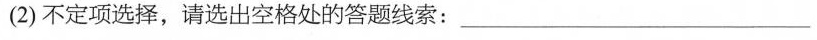
(2)不定项选择,请选出空格处的答题线索:___